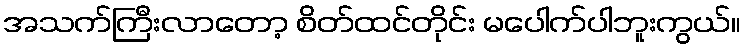
အသက်ကြီးလာတော့ စိတ်ထင်တိုင်း မပေါက်ပါဘူးကွယ်။